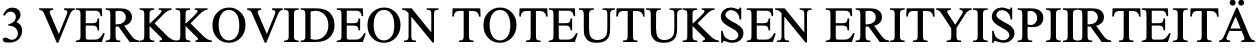
3 VERKKOVIDEON TOTEUTUKSEN ERITYISPIIRTEITÄ